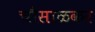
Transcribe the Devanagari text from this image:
चौसाळकर